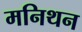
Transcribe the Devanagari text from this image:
मनिथन